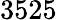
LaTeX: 3525